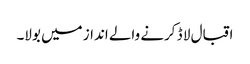
اقبال لا ڈ کرنے والے انداز میں بولا۔